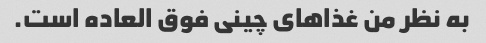
به نظر من غذاهای چینی فوق العاده است.